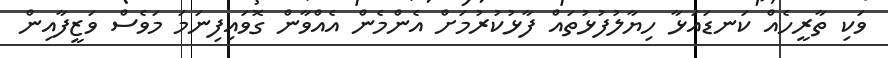
ވަކި ތާރީހެއް ކަނޑައަޅާ ހިޔާލުފުޅުތައް ފާޅުކުރުމަށް އެންމެން އެއްވާން ގޮވައިފިނަމަަ މަވެސް ވަޒީފާއިން